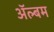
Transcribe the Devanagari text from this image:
अॅल्बम